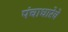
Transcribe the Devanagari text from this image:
पंचाधारेचे